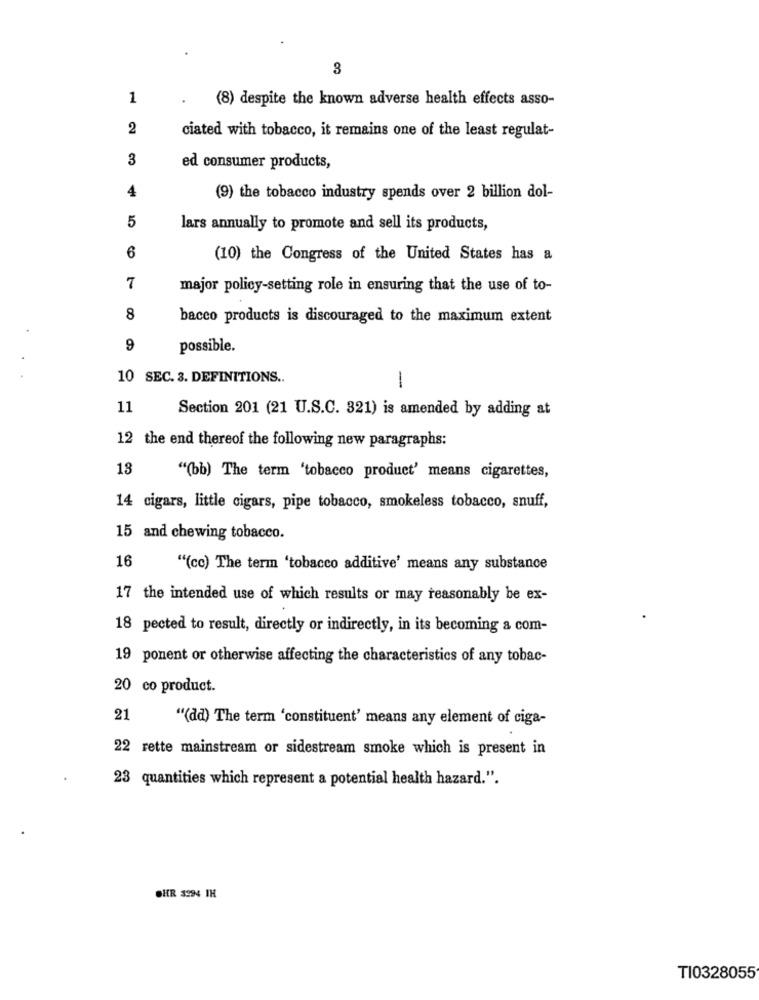
3
1
(8) despite the known adverse health effects asso-
2
ciated with tobacco, it remains one of the least regulat-
3
ed consumer products,
4
(9) the tobacco industry spends over 2 billion dol-
5
lars annually to promote and sell its products,
6
(10) the Congress of the United States has a
major policy-setting role in ensuring that the use of to-
8
bacco products is discouraged to the maximum extent
9
possible.
10 SEC. 3. DEFINITIONS ..
1
11
Section 201 (21 U.S.C. 321) is amended by adding at
12 the end thereof the following new paragraphs:
13
"(bb) The term 'tobacco product' means cigarettes,
14 cigars, little cigars, pipe tobacco, smokeless tobacco, snuff,
15 and chewing tobacco.
16
"(cc) The term 'tobacco additive' means any substance
17 the intended use of which results or may reasonably be ex-
18 pected to result, directly or indirectly, in its becoming a com-
19 ponent or otherwise affecting the characteristics of any tobac-
20 co product.
21
"(dd) The term 'constituent' means any element of ciga-
22 rette mainstream or sidestream smoke which is present in
23 quantities which represent a potential health hazard.".
OHR 3294 IH
TI0328055